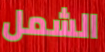
الشمل